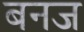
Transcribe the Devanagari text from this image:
बनज